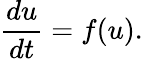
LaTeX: \frac{du}{dt}=f(u).